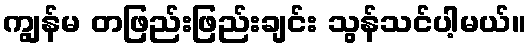
ကျွန်မ တဖြည်းဖြည်းချင်း သွန်သင်ပါ့မယ်။